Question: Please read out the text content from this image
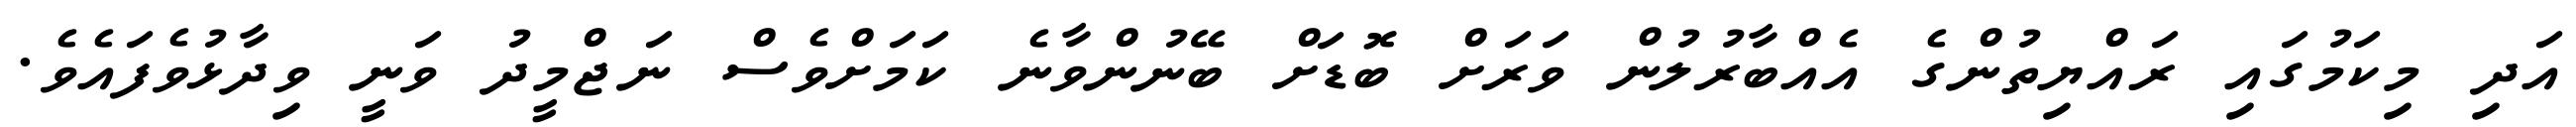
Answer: އަދި މިކަމުގައި ރައްޔިތުންގެ އެއްބާރުލުން ވަރަށް ބޮޑަށް ބޭނުންވާނެ ކަމަށްވެސް ނަޖްމީދު ވަނީ ވިދާޅުވެފައެވެ.